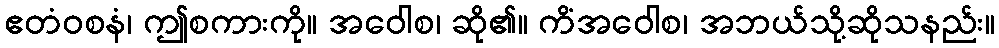
ဧတံဝစနံ၊ ဤစကားကို။ အဝေါစ၊ ဆို၏။ ကိံအဝေါစ၊ အဘယ်သို့ဆိုသနည်း။